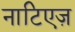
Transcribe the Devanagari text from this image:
नाटिएज़